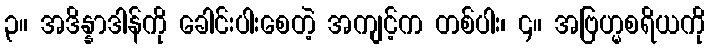
၃။ အဒိန္နာဒါန်ကို ခေါင်းပါးစေတဲ့ အကျင့်က တစ်ပါး၊ ၄။ အဗြဟ္မစရိယကို